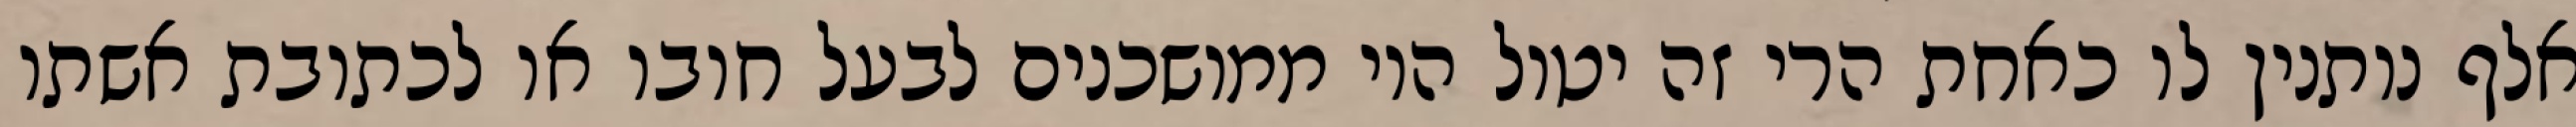
אלף נותנין לו כאחת הרי זה יטול היו ממושכנים לבעל חובו או לכתובת אשתו